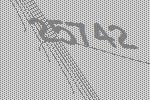
25742